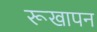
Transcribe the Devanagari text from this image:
रूखापन